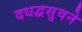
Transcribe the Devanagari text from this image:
दधद्वसुवने